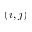
( i , j )